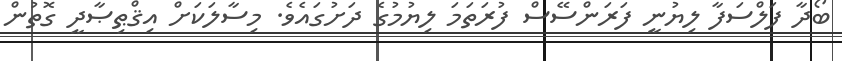
ބޯދާ ފަލްސަފާ ލިޔުނީ ފަރަންސޭސް ފުރަތަމަ ލިޔުމުގެ ދަށުގައެވެ. މިސާލަކަށް އިޤްޠިޞާދީ ގޮތުން